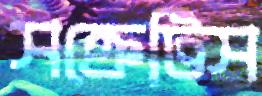
সক্রেটিস